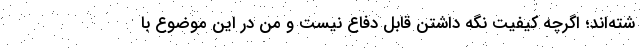
شته‌اند؛ اگرچه کیفیت نگه داشتن قابل دفاع نیست و من در این موضوع با